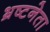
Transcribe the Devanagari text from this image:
भ्रष्टनेता